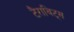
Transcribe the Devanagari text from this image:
टैराविट्स